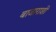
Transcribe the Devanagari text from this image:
बाजाराशीं